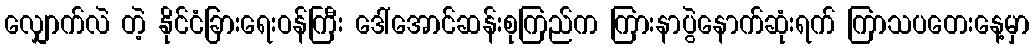
လျှောက်လဲ တဲ့ နိုင်ငံခြားရေးဝန်ကြီး ဒေါ်အောင်ဆန်းစုကြည်က ကြားနာပွဲနောက်ဆုံးရက် ကြာသပတေးနေ့မှာ